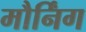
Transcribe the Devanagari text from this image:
मौर्निंग